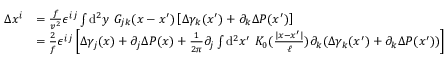
\begin{array} { r l } { \Delta x ^ { i } } & { = \frac { f } { v ^ { 2 } } \epsilon ^ { i j } \int \ensuremath { \operatorname { d } \! ^ { 2 } } y \ G _ { j k } ( x - x ^ { \prime } ) \left[ \Delta \gamma _ { k } ( x ^ { \prime } ) + \partial _ { k } \Delta P ( x ^ { \prime } ) \right] \, } \\ & { = \frac { 2 } { f } \epsilon ^ { i j } \left[ \Delta \gamma _ { j } ( x ) + \partial _ { j } \Delta P ( x ) + \frac { 1 } { 2 \pi } \partial _ { j } \int \ensuremath { \operatorname { d } \! ^ { 2 } } x ^ { \prime } \ K _ { 0 } ( \frac { | x - x ^ { \prime } | } { \ell } ) \partial _ { k } ( \Delta \gamma _ { k } ( x ^ { \prime } ) + \partial _ { k } \Delta P ( x ^ { \prime } ) ) \right] } \end{array}